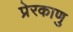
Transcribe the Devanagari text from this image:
प्रेरकाणु